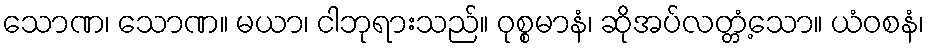
သောဏ၊ သောဏ။ မယာ၊ ငါဘုရားသည်။ ဝုစ္စမာနံ၊ ဆိုအပ်လတ္တံ့သော။ ယံဝစနံ၊